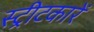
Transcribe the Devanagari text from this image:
स्ट्रीटकारें